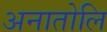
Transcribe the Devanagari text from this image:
अनातोलि